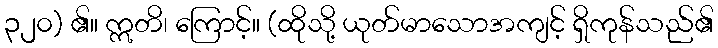
၃၂၀) ၏။ ဣတိ၊ ကြောင့်။ (ထိုသို့ ယုတ်မာသောအကျင့် ရှိကုန်သည်၏